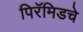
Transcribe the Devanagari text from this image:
पिरॅमिडचे